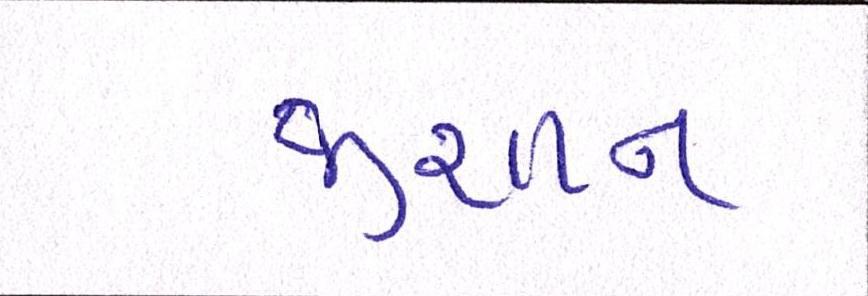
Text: જીશાન